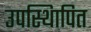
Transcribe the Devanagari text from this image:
उपस्थिापित